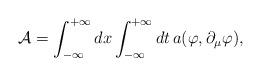
LaTeX: \begin{align*}\mathcal{A}=\int_{-\infty}^{+\infty}dx\int_{-\infty}^{+\infty}dt\, a(\varphi, \partial_{\mu}\varphi),\end{align*}